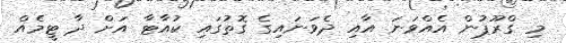
މި ގްރޫޕުން އެއްވަނަ އާއި ދެވަނައިގެ ގޮތުގައި ކުއާޓާ އަށް ދާ ޓީމެއް